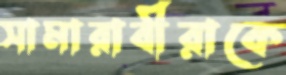
সামারাবীরাকে